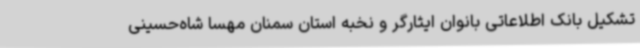
تشکیل بانک اطلاعاتی بانوان ایثارگر و نخبه استان سمنان مهسا شاه‌حسینی